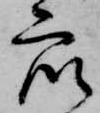
衆